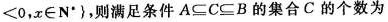
< 0 ，x \in N ^ { * } }$$，则满足条件 A \subseteq C \subseteq B 的集合 C 的个数为